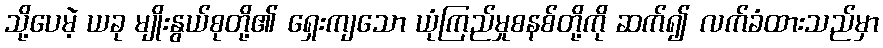
သို့ပေမဲ့ ယခု မျိုးနွယ်စုတို့၏ ရှေးကျသော ယုံကြည်မှုစနစ်တို့ကို ဆက်၍ လက်ခံထားသည်မှာ